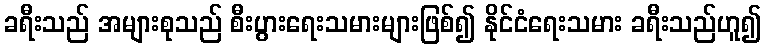
ခရီးသည် အများစုသည် စီးပွားရေးသမားများဖြစ်၍ နိုင်ငံရေးသမား ခရီးသည်ဟူ၍